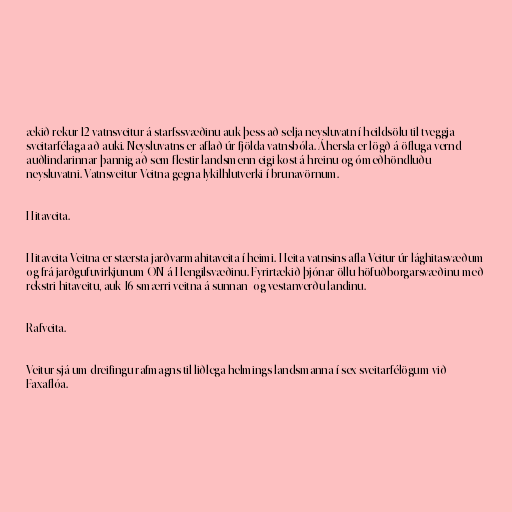
ækið rekur 12 vatnsveitur á starfssvæðinu auk þess að selja neysluvatn í heildsölu til tveggja
sveitarfélaga að auki. Neysluvatns er aflað úr fjölda vatnsbóla. Áhersla er lögð á öfluga vernd
auðlindarinnar þannig að sem flestir landsmenn eigi kost á hreinu og ómeðhöndluðu
neysluvatni. Vatnsveitur Veitna gegna lykilhlutverki í brunavörnum.

Hitaveita.

Hitaveita Veitna er stærsta jarðvarmahitaveita í heimi. Heita vatnsins afla Veitur úr lághitasvæðum
og frá jarðgufuvirkjunum ON á Hengilsvæðinu. Fyrirtækið þjónar öllu höfuðborgarsvæðinu með
rekstri hitaveitu, auk 16 smærri veitna á sunnan- og vestanverðu landinu.

Rafveita.

Veitur sjá um dreifingu rafmagns til liðlega helmings landsmanna í sex sveitarfélögum við
Faxaflóa.